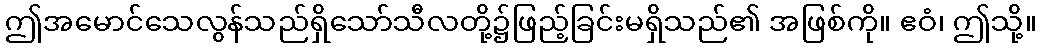
ဤအမောင်သေလွန်သည်ရှိသော်သီလတို့၌ဖြည့်ခြင်းမရှိသည်၏ အဖြစ်ကို။ ဧဝံ၊ ဤသို့။